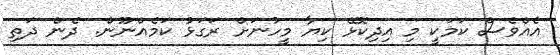
އެއްވެސް ކަމަކީ މި އިދިކޮޅޭ ކިޔާ މީހުނަށް ރަގަޅު ކަމެއްނޫން. ދެން ދަތި